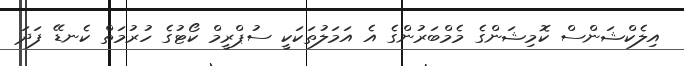
އިލެކްޝަންސް ކޮމިޝަންގެ މެމްބަރުންގެ އެ އަމަލުތަކަކީ ސުޕްރީމް ކޯޓުގެ ހުރުމަތް ކެނޑޭ ފަދަ